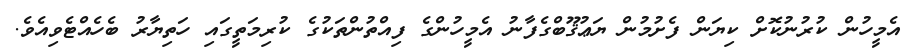
އެމީހުން ކުރުނުކޮށް ކިޔަން ފެށުމުން ޔަޢުޤޫބްގެފާނު އެމީހުންގެ ފިއްތުންތަކުގެ ކުރިމަތީގައި ހަތިޔާރު ބެހެއްޓެވިއެވެ.